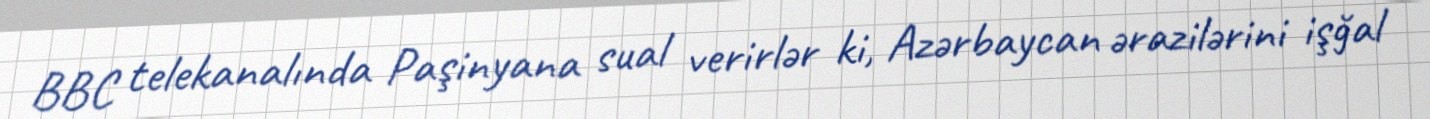
BBC telekanalında Paşinyana sual verirlər ki, Azərbaycan ərazilərini işğal